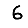
Digit: 6